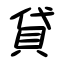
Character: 貸